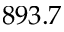
8 9 3 . 7